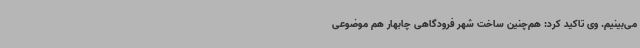
می‌بینیم. وی تاکید کرد: هم‌چنین ساخت شهر فرودگاهی چابهار هم موضوعی